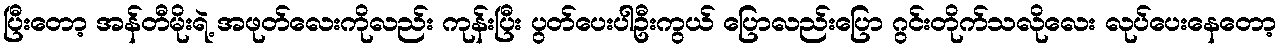
ပြီးတော့ အန်တီမိုးရဲ့ အဖုတ်လေးကိုလည်း ကုန်းပြီး ပွတ်ပေးပါဦးကွယ် ပြောလည်းပြော ဂွင်းတိုက်သလိုလေး လုပ်ပေးနေတော့